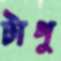
টাপু